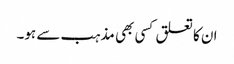
ان کا تعلق کسی بھی مذہب سے ہو۔